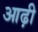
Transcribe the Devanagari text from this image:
आढ़ी